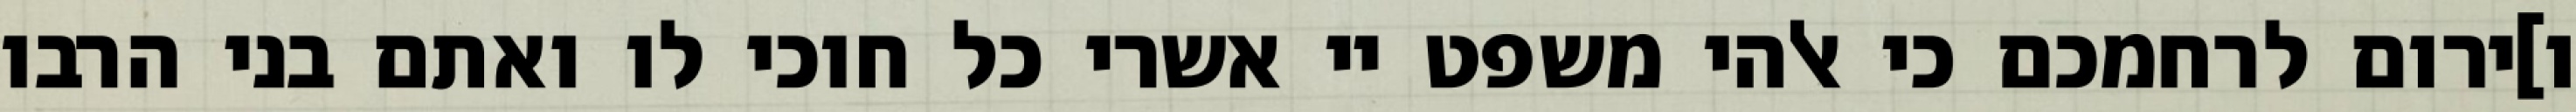
ו]ירום לרחמכם כי אלהי משפט יי אשרי כל חוכי לו ואתם בני הרבו